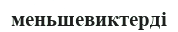
меньшевиктерді